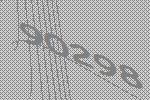
90298